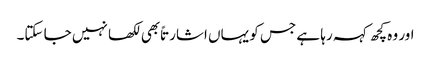
اور وہ کچھ کہہ رہا ہے جس کو یہاں اشارتاً بھی لکھا نہیں جا سکتا۔